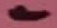
Text: 1